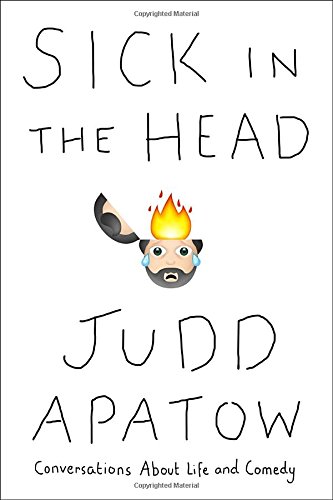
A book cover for Sick in the Head: Conversations About Life and Comedy; Judd Apatow; Humor & Entertainment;